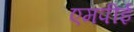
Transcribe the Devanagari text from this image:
एमपीई